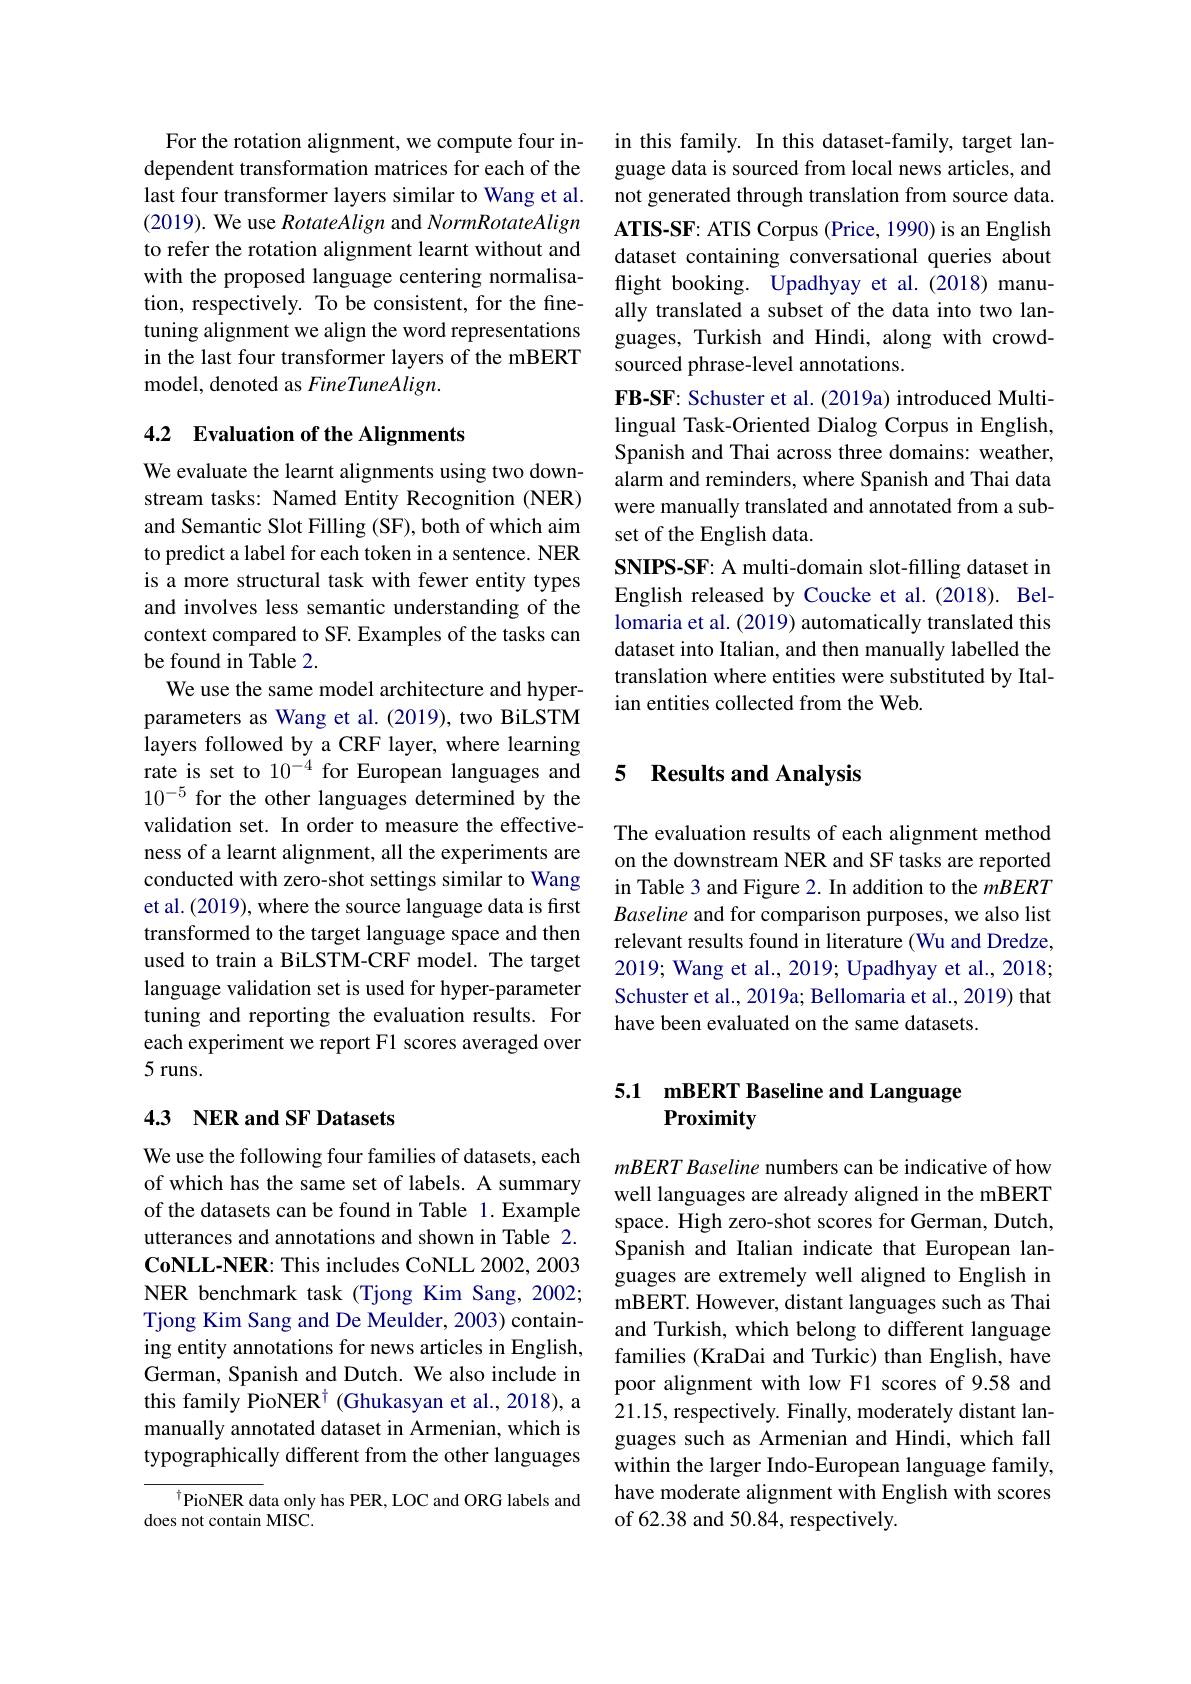
For the rotation alignment, we compute four independent transformation matrices for each of the last four transformer layers similar to Wang et al. (2019). We use RotateAlign and NormRotateAlign to refer the rotation alignment learnt without and with the proposed language centering normalisation, respectively. To be consistent, for the finetuning alignment we align the word representations in the last four transformer layers of the mBERT model, denoted as FineTuneAlign.

## 4.2 Evaluation of the Alignments

We evaluate the learnt alignments using two downstream tasks: Named Entity Recognition (NER) and Semantic Slot Filling (SF), both of which aim to predict a label for each token in a sentence. NER is a more structural task with fewer entity types and involves less semantic understanding of the context compared to SF. Examples of the tasks can be found in Table 2.
We use the same model architecture and hyperparameters as Wang et al. (2019), two BiLSTM layers followed by a CRF layer, where learning rate is set to $10^{-4}$ for European languages and $10^{-5}$ for the other languages determined by the validation set. In order to measure the effectiveness of a learnt alignment, all the experiments are conducted with zero-shot settings similar to Wang et al. (2019), where the source language data is first transformed to the target language space and then used to train a BiLSTM-CRF model. The target language validation set is used for hyper-parameter tuning and reporting the evaluation results. For each experiment we report F1 scores averaged over 5 runs.

## 4.3 NER and SF Datasets

We use the following four families of datasets, each of which has the same set of labels. A summary of the datasets can be found in Table 1.Example utterances and annotations and shown in Table 2. CoNLL-NER: This includes CoNLL 2002, 2003 NER benchmark task (Tjong Kim Sang,2002; Tjong Kim Sang and De Meulder, 2003) containing entity annotations for news articles in English, German, Spanish and Dutch. We also include in this family PioNER$^\dagger$ (Ghukasyan et al.,2018), a manually annotated dataset in Armenian, which is typographically different from the other languages

$^{\dagger}$PioNER data only has PER, LOC and ORG labels and
does not contain MISC.

in this family. In this dataset-family, target language data is sourced from local news articles, and not generated through translation from source data. $\mathbf{ATIS-SF:~ATIS~Corpus~(Price,~1990)~is~an~English}$ dataset containing conversational queries about flight booking. Upadhyay et al.(2018) manually translated a subset of the data into two languages, Turkish and Hindi, along with crowdsourced phrase-level annotations.
FB-SF: Schuster et al. (2019a) introduced Multilingual Task-Oriented Dialog Corpus in English, Spanish and Thai across three domains: weather, alarm and reminders, where Spanish and Thai data were manually translated and annotated from a subset of the English data.
SNIPS-SF: A multi-domain slot-filling dataset in English released by Coucke et al.(2018). Bellomaria et al. (2019) automatically translated this dataset into Italian, and then manually labelled the translation where entities were substituted by Italian entities collected from the Web.

### 5 $\textbf{Results and Analysis}$

The evaluation results of each alignment method on the downstream NER and SF tasks are reported in Table 3 and Figure 2. In addition to the mBERT Baseline and for comparison purposes, we also list relevant results found in literature (Wu and Dredze, 2019; Wang et al., 2019; Upadhyay et al., 2018; Schuster et al., 2019a; Bellomaria et al., 2019) that have been evaluated on the same datasets.

## 5.1 mBERT Baseline and Language Proximity

mBERT Baseline numbers can be indicative of how well languages are already aligned in the mBERT space. High zero-shot scores for German, Dutch, Spanish and Italian indicate that European languages are extremely well aligned to English in mBERT. However, distant languages such as Thai and Turkish, which belong to different language families (KraDai and Turkic) than English, have poor alignment with low F1 scores of 9.58 and 21.15, respectively. Finally, moderately distant languages such as Armenian and Hindi, which fall within the larger Indo-European language family, have moderate alignment with English with scores of 62.38 and 50.84, respectively